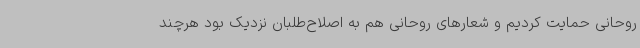
روحانی حمایت کردیم و شعارهای روحانی هم به اصلاح‌طلبان نزدیک بود هرچند